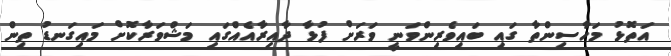
އަތޮޅު މަހާސިންތާ ގައި ބައިވެރިންވަނީ ވަރަށް ފުޅާ ދާއިރާއެއްގައި މަޝްވަރާކޮށް މައިގަނޑު ތިން